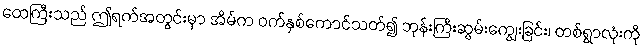
ထေကြီးသည် ဤရက်အတွင်းမှာ အိမ်က ဝက်နှစ်ကောင်သတ်၍ ဘုန်းကြီးဆွမ်းကျွေးခြင်း၊ တစ်ရွာလုံးကို